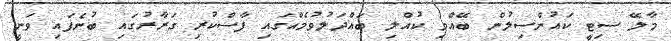
މާލޭ ސިޓީ ކައުންސިލުން ބޭއްވި ކުއްލި ބައްދަލުވުމެއްގައި ފާސްކުރި ގަރާރުގައި ބުނެފައި ވަނީ